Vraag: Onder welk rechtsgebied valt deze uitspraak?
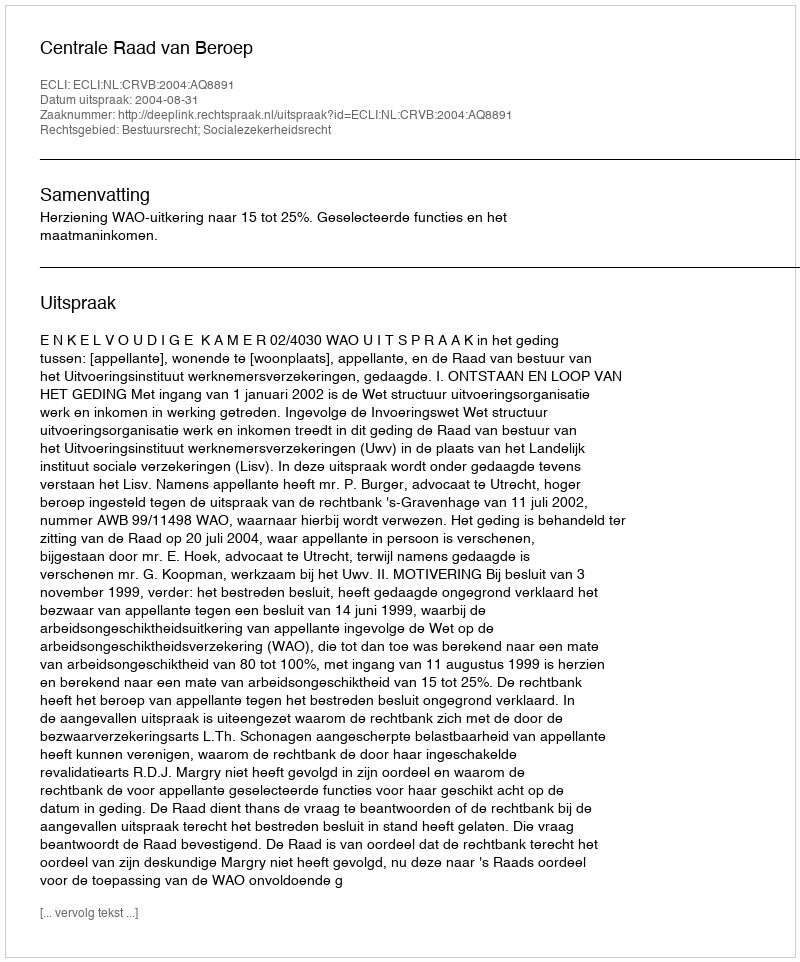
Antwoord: Bestuursrecht; Socialezekerheidsrecht